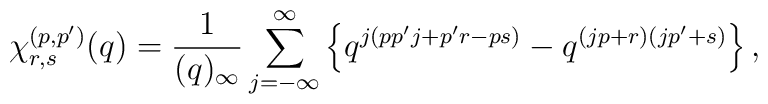
\chi^{(p,p')}_{r,s}(q)=\frac{1}{(q)_{\infty}}\sum_{j=-\infty}^{\infty} \left\{q^{j(pp'j+p'r-ps)}-q^{(jp+r)(jp'+s)} \right\},